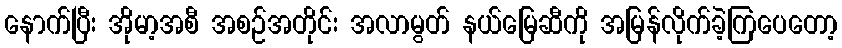
နောက်ပြီး အိုမာ့အစီ အစဉ်အတိုင်း အလာမွတ် နယ်မြေဆီကို အမြန်လိုက်ခဲ့ကြပေတော့